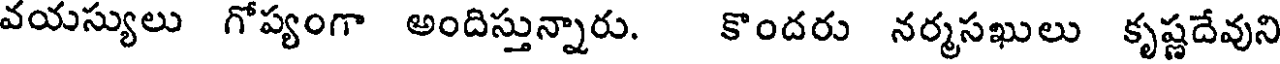
వయస్యులు గోప్యంగా అందిస్తున్నారు. కొందరు నర్మసఖులు కృష్ణదేవుని